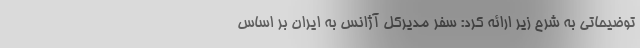
توضیحاتی به شرح زیر ارائه کرد: سفر مدیرکل آژانس به ایران بر اساس